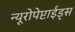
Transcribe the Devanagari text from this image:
न्यूरोपेप्टाईड्स